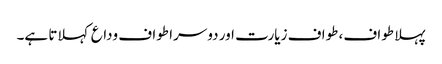
پہلا طواف، طواف زیارت اور دوسرا طواف وداع کہلاتا ہے۔